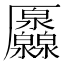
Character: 𠫐